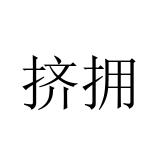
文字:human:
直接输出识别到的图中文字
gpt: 挤拥